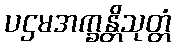
ပဌမအက္ခန္တိသုတ္တံ